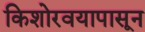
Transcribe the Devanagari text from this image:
किशोरवयापासून